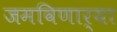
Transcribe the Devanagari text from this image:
जमविणार्‍या